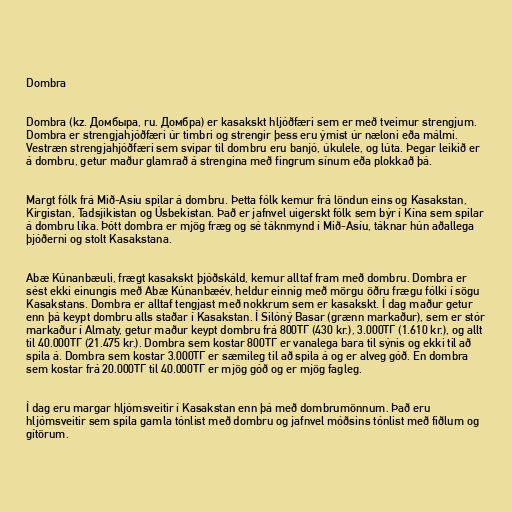
Dombra

Dombra (kz. Домбыра, ru. Домбра) er kasakskt hljóðfæri sem er með tveimur strengjum.
Dombra er strengjahjóðfæri úr timbri og strengir þess eru ýmist úr næloni eða málmi.
Vestræn strengjahjóðfæri sem svipar til dombru eru banjó, úkulele, og lúta. Þegar leikið er
á dombru, getur maður glamrað á strengina með fingrum sínum eða plokkað þá.

Margt fólk frá Mið-Asíu spilar á dombru. Þetta fólk kemur frá löndun eins og Kasakstan,
Kirgistan, Tadsjikistan og Úsbekistan. Það er jafnvel uigerskt fólk sem býr í Kína sem spilar
á dombru líka. Þótt dombra er mjög fræg og sé táknmynd í Mið-Asíu, táknar hún aðallega
þjóðerni og stolt Kasakstana.

Abæ Kúnanbæuli, frægt kasakskt þjóðskáld, kemur alltaf fram með dombru. Dombra er
sést ekki einungis með Abæ Kúnanbæév, heldur einnig með mörgu öðru frægu fólki í sögu
Kasakstans. Dombra er alltaf tengjast með nokkrum sem er kasakskt. Í dag maður getur
enn þá keypt dombru alls staðar í Kasakstan. Í Silóný Basar (grænn markaður), sem er stór
markaður í Almaty, getur maður keypt dombru frá 800ТГ (430 kr.), 3.000ТГ (1.610 kr.), og allt
til 40.000ТГ (21.475 kr.). Dombra sem kostar 800ТГ er vanalega bara til sýnis og ekki til að
spila á. Dombra sem kostar 3.000ТГ er sæmileg til að spila á og er alveg góð. En dombra
sem kostar frá 20.000ТГ til 40.000ТГ er mjög góð og er mjög fagleg.

Í dag eru margar hljómsveitir í Kasakstan enn þá með dombrumönnum. Það eru
hljómsveitir sem spila gamla tónlist með dombru og jafnvel móðsins tónlist með fiðlum og
gítörum.